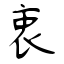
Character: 衷